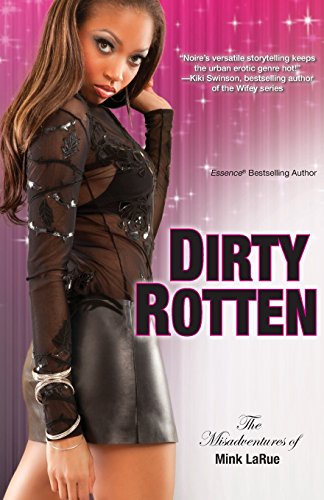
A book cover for Dirty Rotten Liar (Misadventures of Mink LaRue); Noire; Romance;